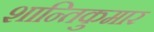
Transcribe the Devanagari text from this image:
शान्तिकुमार